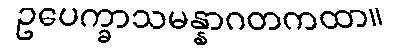
ဥပေက္ခာသမန္နာဂတကထာ။